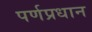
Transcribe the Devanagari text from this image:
पर्णप्रधान